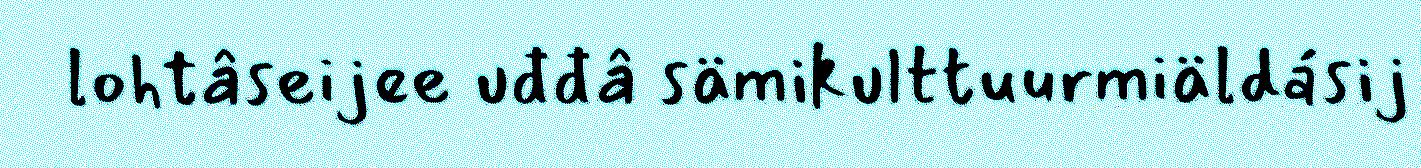
lohtâseijee uđđâ sämikulttuurmiäldásij